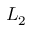
L _ { 2 }